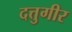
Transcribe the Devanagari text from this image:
दत्तुगीर